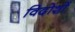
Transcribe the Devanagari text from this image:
विदोशों